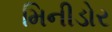
મિનીડોર